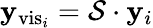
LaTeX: \mathbf{y}_{\mathrm{vis}_{i}}=\mathcal{S}\cdot\mathbf{y}_{i}